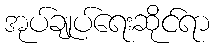
အုပ်ချုပ်ရေးဆိုင်ရာ